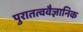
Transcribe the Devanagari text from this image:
पुरातत्ववैज्ञानिक